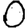
Digit: 0